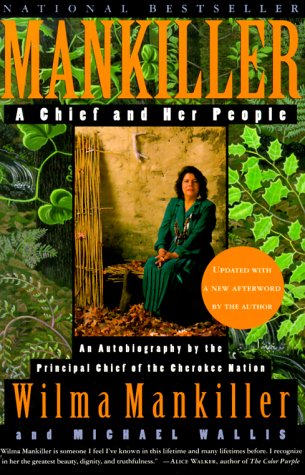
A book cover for Mankiller: A Chief and Her People; Wilma Mankiller; Biographies & Memoirs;